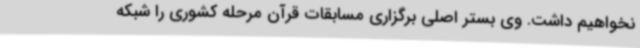
نخواهیم داشت. وی بستر اصلی برگزاری مسابقات قرآن مرحله کشوری را شبکه